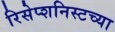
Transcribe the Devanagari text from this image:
रिसेप्शनिस्टच्या